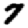
Digit: 7